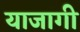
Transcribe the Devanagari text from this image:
याजागी